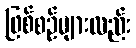
ဖြစ်စဉ်များလည်း